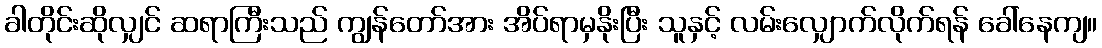
ခါတိုင်းဆိုလျှင် ဆရာကြီးသည် ကျွန်တော်အား အိပ်ရာမှနိုးပြီး သူနှင့် လမ်းလျှောက်လိုက်ရန် ခေါ်နေကျ။